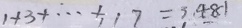
1 + 3 + \cdots + 1 1 7 = 3 . 4 8 1